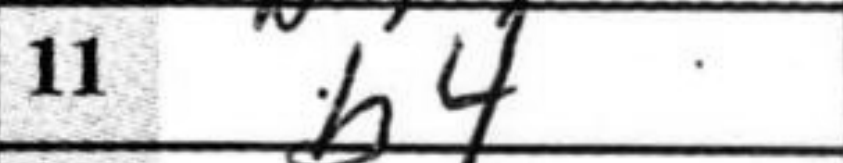
Transcription: b4